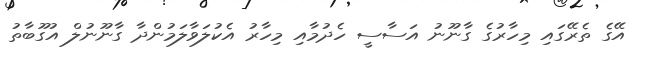
އޭގެ ތެރޭގައި މިހާރުގެ ގާނޫނު އަސާސީ ހެދުމާއި މިހާރު އެކުލަވާލަމުންދާ ގާނޫނުލް އުގޫބާތު